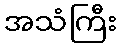
အသံကြီး